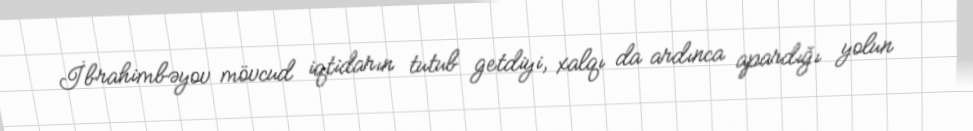
İbrahimbəyov mövcud iqtidarın tutub getdiyi, xalqı da ardınca apardığı yolun